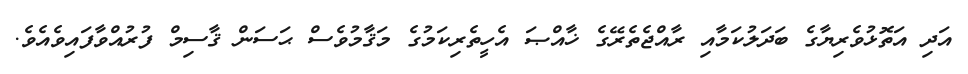
އަދި އަތޮޅުވެރިޔާގެ ބަދަލުކަމާއި ރާއްޖެތެރޭގެ ޚާއްޞަ އެހީތެރިކަމުގެ މަޤާމުވެސް ޙަސަން ޤާސިމް ފުރުއްވާފައިވެއެވެ.